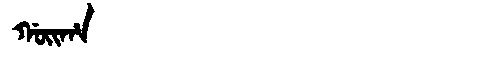
Manchu: ᡤᠣᡳᡥᠠ
Romanization: GOIHA